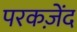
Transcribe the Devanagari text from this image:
परकज़ेंद